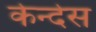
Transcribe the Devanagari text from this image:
केन्देस